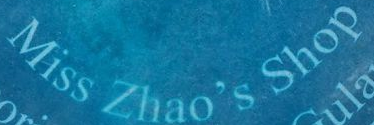
Miss Zhao's Shop